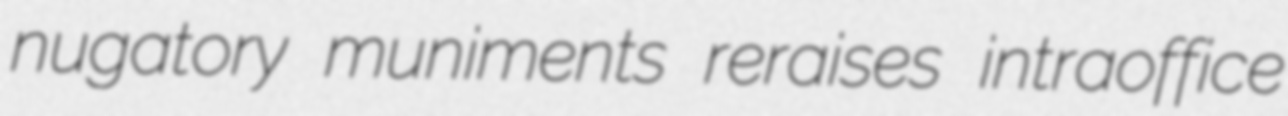
nugatory muniments reraises intraoffice